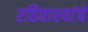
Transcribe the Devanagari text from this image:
रहिवाश्यांचे